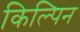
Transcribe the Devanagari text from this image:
किल्पिन